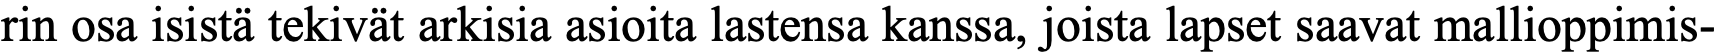
rin osa isistä tekivät arkisia asioita lastensa kanssa, joista lapset saavat mallioppimis-